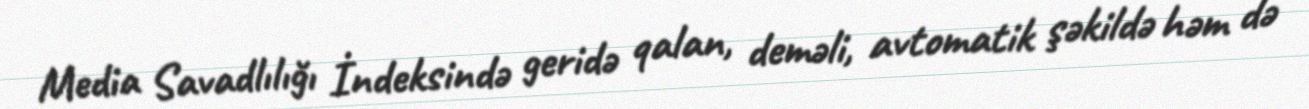
Media Savadlılığı İndeksində geridə qalan, deməli, avtomatik şəkildə həm də